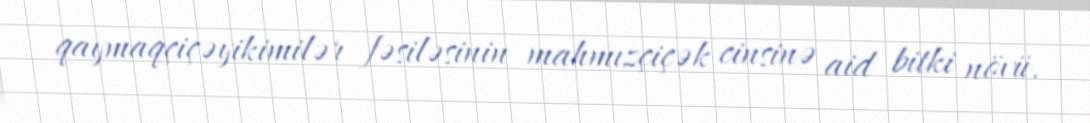
qaymaqçiçəyikimilər fəsiləsinin mahmızçiçək cinsinə aid bitki növü.